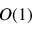
O ( 1 )